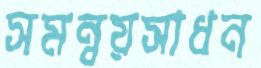
সমন্বয়সাধন